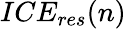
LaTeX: ICE_{res}(n)